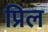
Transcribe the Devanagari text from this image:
प्रिल